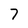
Character: 7